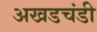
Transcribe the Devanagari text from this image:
अखडचंडी